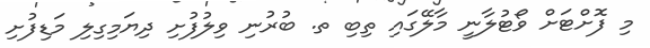
މި ފޮށްޓަށް ވޯޓުލާނީ މާލޭގައި ތިބި ތ. ބުރުނި ވިލުފުށި ދިޔަމިގިލި މަޑިފުށި